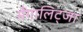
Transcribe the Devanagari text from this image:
मैंगालिट्जा